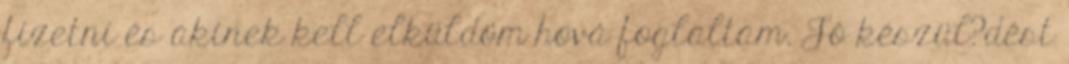
fizetni és akinek kell elküldöm hová foglaltam. Jó készül?dést